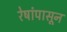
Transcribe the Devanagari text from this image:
रेषांपासून